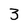
Character: 3